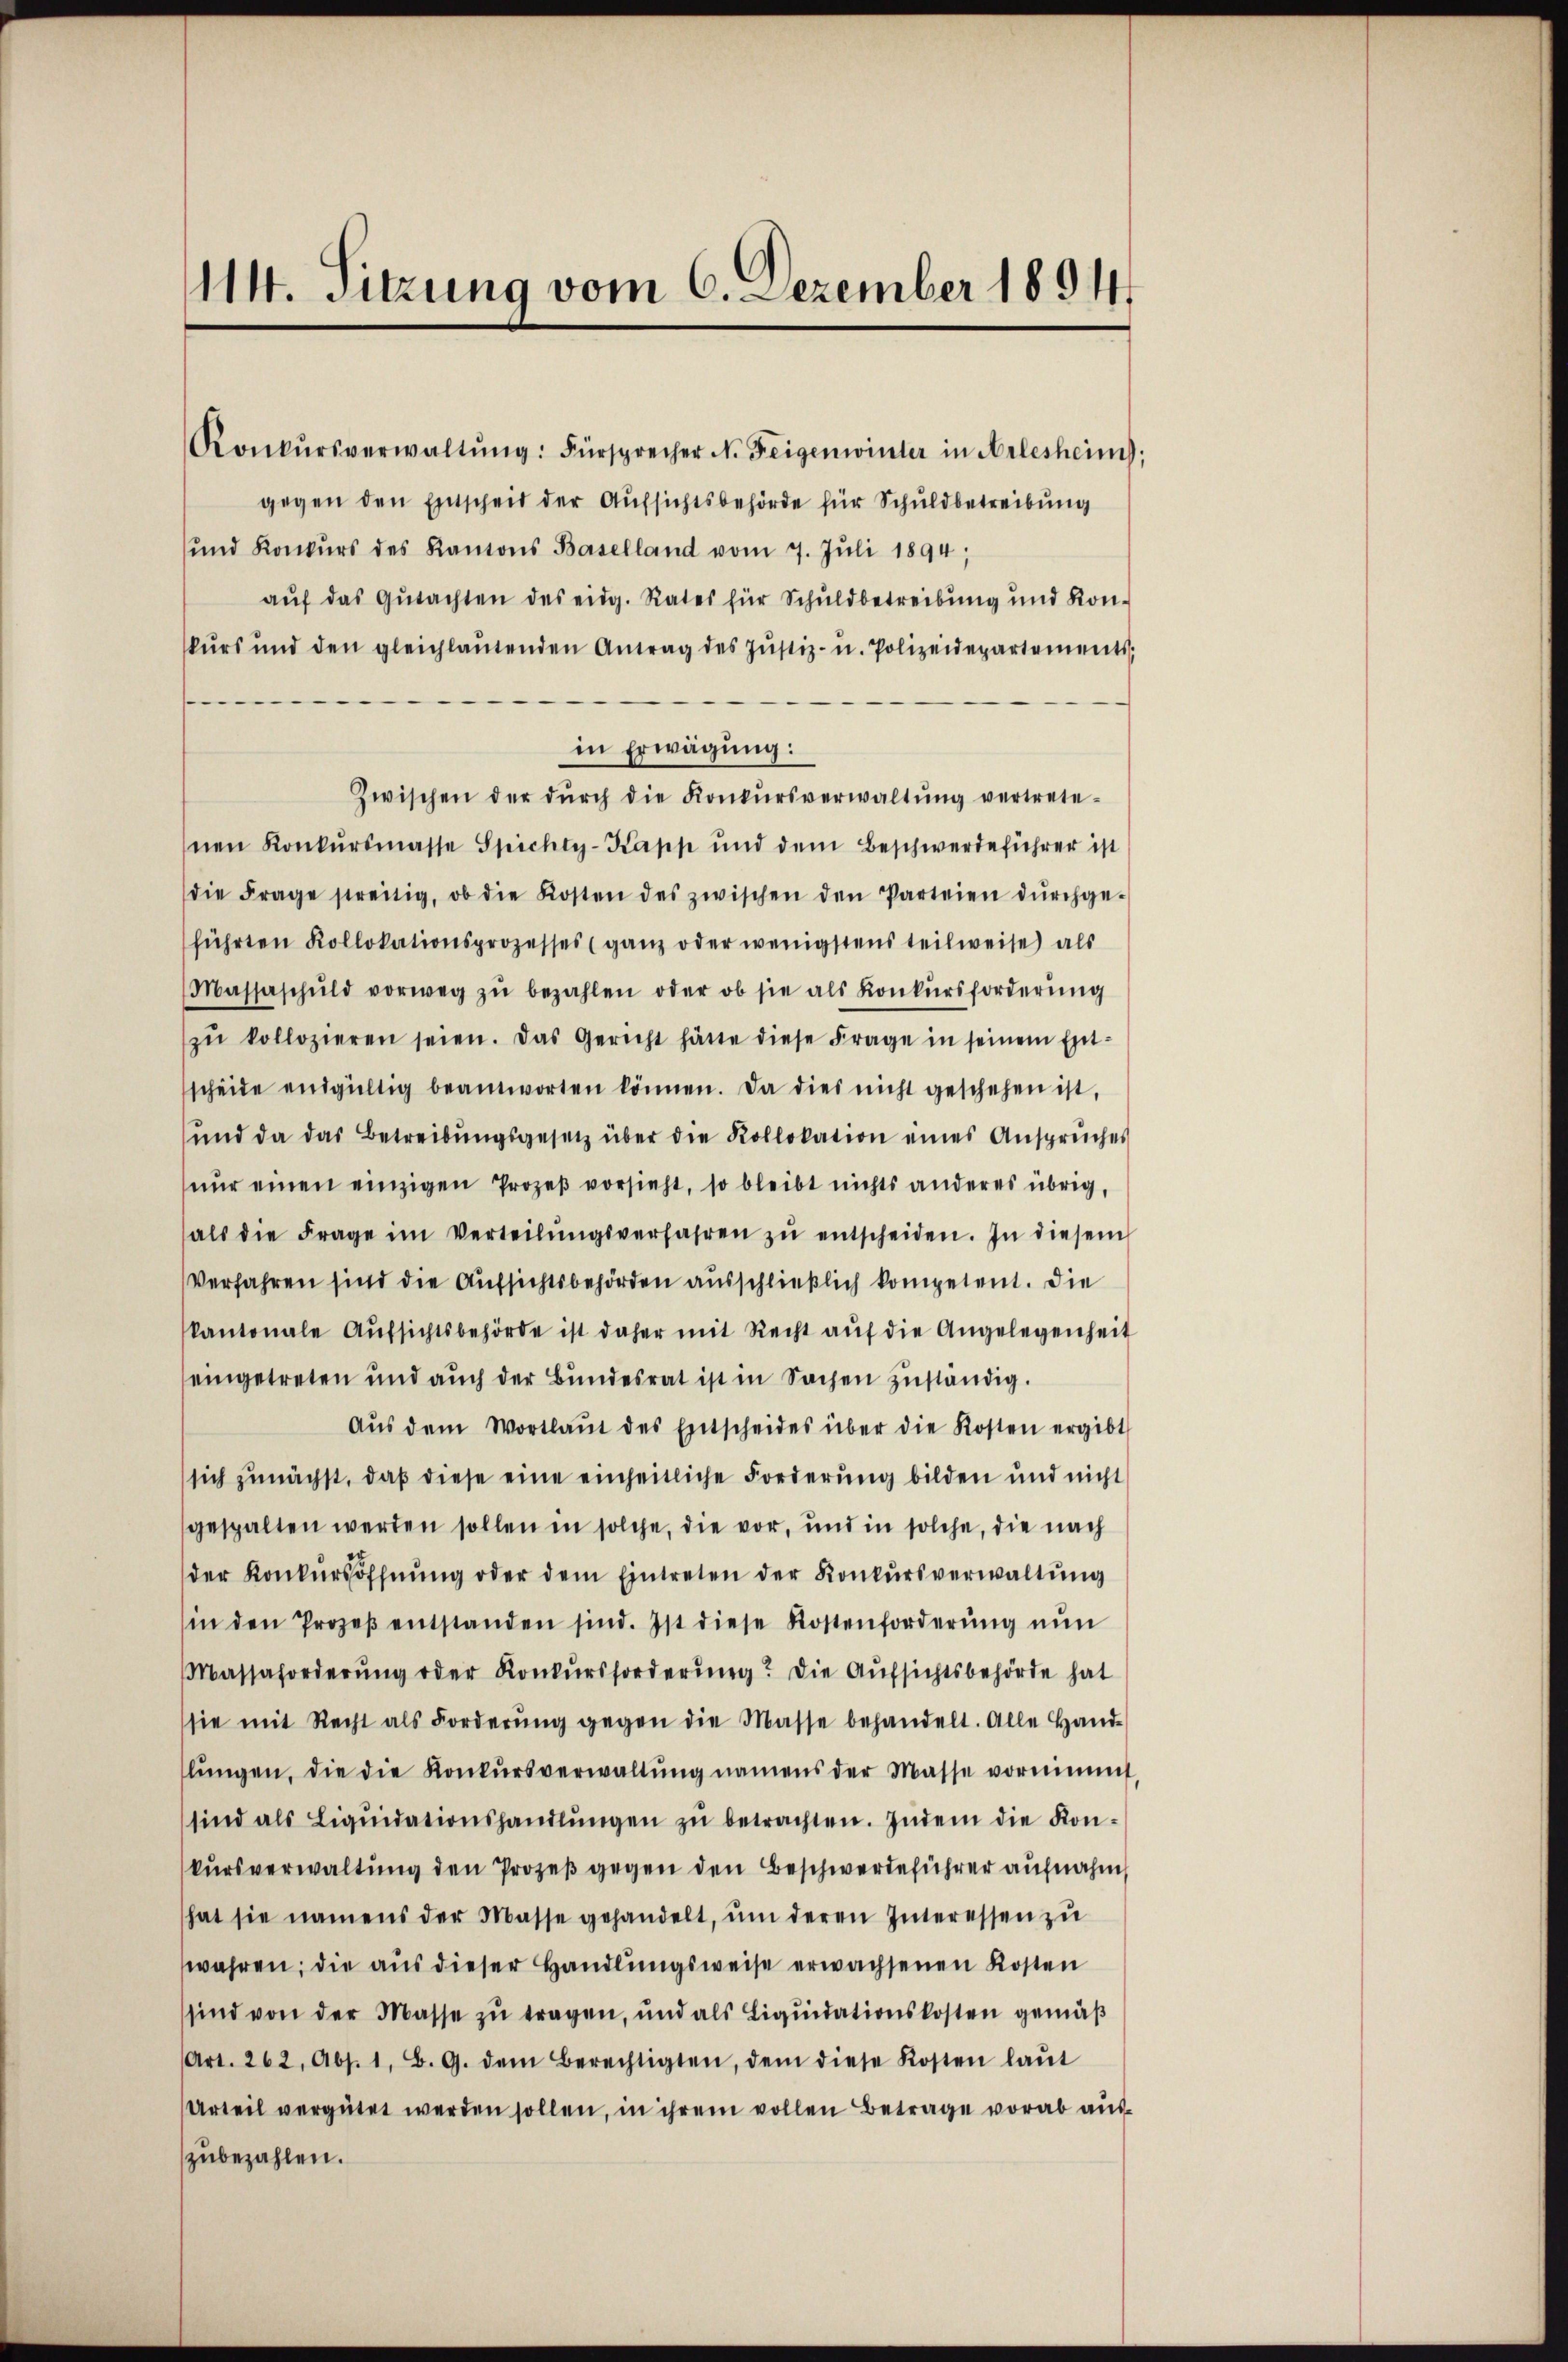
114. Sitzung vom 6. Dezember 1894

Konkŭrsverwaltŭng: Fürsprecher N. Feigenwinter in Arlesheim,
gegen den Entscheid der Aufsichtsbehörde für Schuldbetreibung
und Konkŭrs des Kantons Baselland vom 7. Jŭli 1894;
aŭf das Gŭtachten des eidg. Rates für Schuldbetreibung und Kon-
skurs und den gleichlaŭtenden Antrag des Jŭstiz- u. Polizeidepartements,
in Erwägung:
Zwischen der dŭrch die Konkŭrsverwaltŭng vertrete-
hnen Konkŭrsmasse Spichty-Kapp und dem Beschwerdeführer ist
die Frage streitig, ob die Kosten des zwischen den Parteien dŭrchge-
führten Kollokationsprozesses (ganz oder wenigstens teilweise als
Massaschŭld vorweg zŭ bezahlen oder ob sie als Konkŭrsforderŭng
zŭ kollozieren seien. Das Gericht hätte diese Frage in seinem Ent-
scheide endgültig beantworten können. Da dies nicht geschehen ist,
ŭnd da das Betreibŭngsgesetz über die Kollokation eines Ansprŭches
nŭr einen einzigen Prozeß vorsieht, so bleibt nichts anderes übrig,
als die Frage im Verteilŭngsverfahren zŭ entscheiden. In diesem
Verfahren sind die Aufsichtsbehörden ausschließlich kompetent. Die
kantonale Aŭfsichtsbehörde ist daher mit Recht aŭf die Angelegenheit
eingetreten und aŭch der Bŭndesrat ist in Sachen zŭständig.
Aŭs dem Wortlaŭt des Entscheides über die Kosten ergibt
sich zunächst, daß diese eine einheitliche Forderung bilden und nicht
gespalten werden sollen in solche, die vor, und in solche, die nach
der Konkŭrsoffnŭng oder dem Eintreten der Konkursverwaltŭng
in den Prozeβ entstanden sind. Ist diese Kostenforderŭng nŭn
Massaforderŭng oder Konkŭrsforderŭng. Die Aŭfsichtsbehörde hat
sie mit Recht als Forderŭng gegen die Masse behandelt. Alle Hand-
lŭngen, die die Konkŭrsverwaltŭng namens der Masse vornimmt,
sind als Liqŭidationshandlŭngen zŭ betrachten. Indem die Kon-
kursverwaltung den Prozeß gegen den Beschwerdeführer aufnahm
hat sie namens der Masse gehandelt, ŭm deren Interessen zŭ
wahren; die aus dieser Handlungsweise erwachsenen Kosten
sind von der Masse zŭ tragen, und als Liqŭidationskosten gemäβ
Art. 262, Abs. 1, B. G. dem Berechtigten, dem diese Kosten laŭt
Urteil vergütet werden sollen, in ihrem vollen Betrage vorab auszubezahlen.